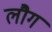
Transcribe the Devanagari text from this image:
लौग